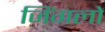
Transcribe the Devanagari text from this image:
जिंगलों